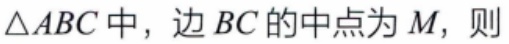
$\triangle ABC中，边BC的中点为M，则$